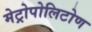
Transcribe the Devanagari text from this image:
मेट्रोपोलिटोण